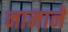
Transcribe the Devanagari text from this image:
नामानें